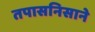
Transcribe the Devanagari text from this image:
तपासनिसाने